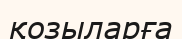
қозыларға